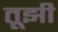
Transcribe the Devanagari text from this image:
तूझी